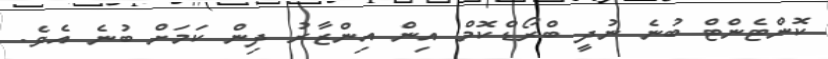
ކޮންޓެންޓް ބުނެ ނުދީ ބްރޯޑްކޮމް އިން އިންޒާރު ދިން ކަމަށް ބުނެ އެވެ.